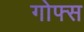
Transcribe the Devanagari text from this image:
गोफ्स